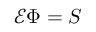
{ \mathcal { E } } \Phi = S